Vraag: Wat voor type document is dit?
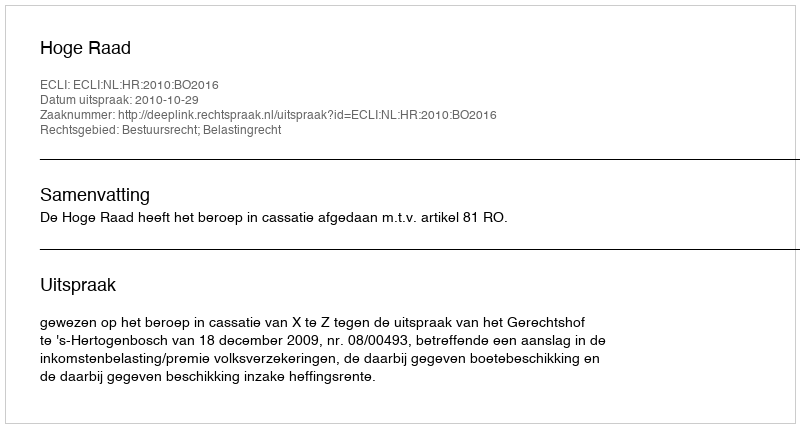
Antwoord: Uitspraak